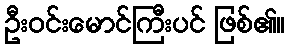
ဦးဝင်းမောင်ကြီးပင် ဖြစ်၏။